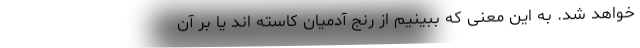
خواهد شد. به این معنی که ببینیم از رنج آدمیان کاسته اند یا بر آن